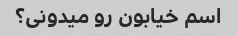
اسم خیابون رو میدونی؟